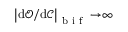
\left| \mathrm { d } \mathcal { O } / \mathrm { d } \mathcal { C } \right| _ { \mathrm { ~ b ~ i ~ f ~ } } { \rightarrow } \infty